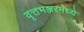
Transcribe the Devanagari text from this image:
वृत्तभञ्जरमध्ये